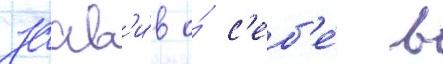
заав'и́в о́ с'еб'е́ в